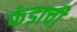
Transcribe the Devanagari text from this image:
फंडाची